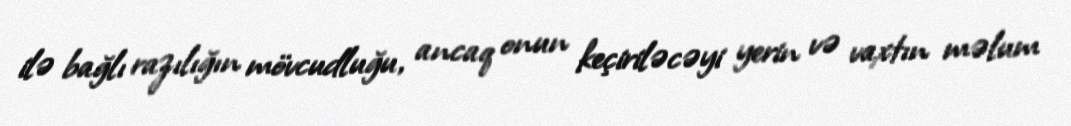
ilə bağlı razılığın mövcudluğu, ancaq onun keçiriləcəyi yerin və vaxtın məlum